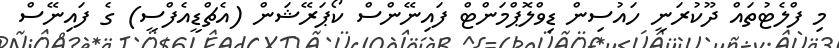
މި ފްލެޓުތައް ދޫކުރަނީ ހައުސިން ޑިވްލޮޕްމަންޓް ފައިނޭންސް ކޯޕަރޭޝަން (އެޗްޑީއެފްސީ) ގެ ފައިނޭސް